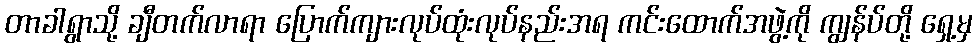
တာခါရွာသို့ ချီတက်လာရာ ပြောက်ကျားလုပ်ထုံးလုပ်နည်းအရ ကင်းထောက်အဖွဲ့ကို ကျွန်ပ်တို့ ရှေ့မှ